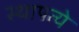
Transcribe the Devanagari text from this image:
स्थापत्ये